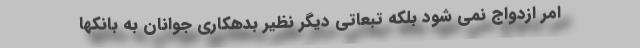
امر ازدواج نمی شود بلکه تبعاتی دیگر نظیر بدهکاری جوانان به بانکها